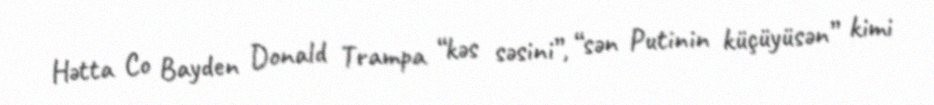
Hətta Co Bayden Donald Trampa “kəs səsini”, “sən Putinin küçüyüsən” kimi